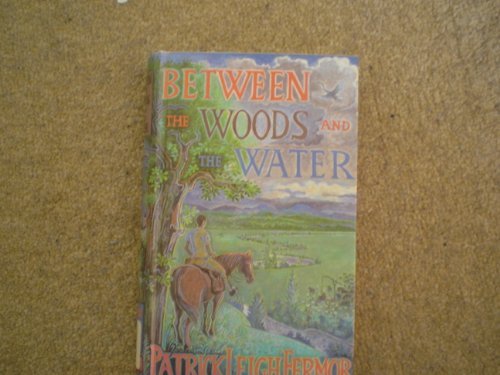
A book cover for Young Man's Journey; Nicholas Guppy; Travel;